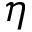
\eta